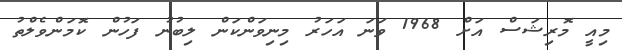
މިއީ މޮރިޝަސް އަށް 1968 ވަނަ އަހަރު މިނިވަންކަން ލިބުނު ފަހުން ކޮމަންވެލްތު